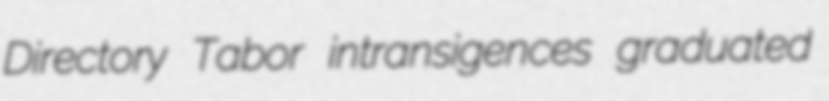
Directory Tabor intransigences graduated